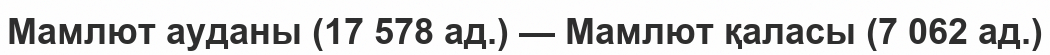
Мамлют ауданы (17 578 ад.) — Мамлют қаласы (7 062 ад.)